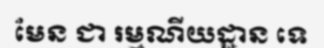
មែន ជា រម្មណីយដ្ឋាន ទេ